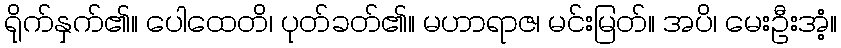
ရိုက်နှက်၏။ ပေါထေတိ၊ ပုတ်ခတ်၏။ မဟာရာဇ၊ မင်းမြတ်။ အပိ၊ မေးဦးအံ့။